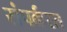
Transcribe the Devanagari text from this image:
संपर्करत